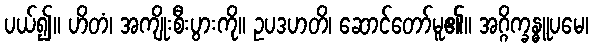
ပယ်၍။ ဟိတံ၊ အကျိုးစီးပွားကို။ ဥပဒဟတိ၊ ဆောင်တော်မူ၏။ အဂ္ဂိက္ခန္ဓူပမေ၊